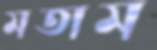
মতাম